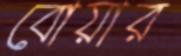
বোয়ার